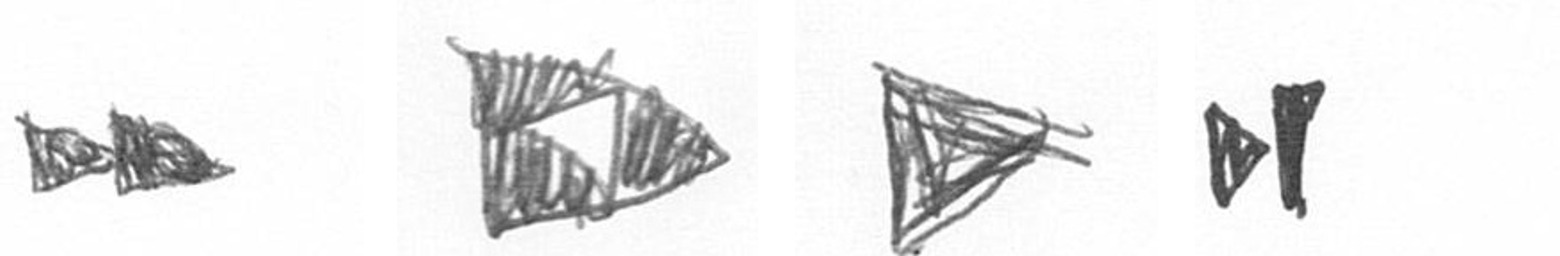
A K T M